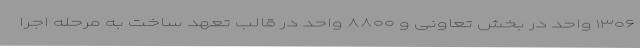
۱۳۰۶ واحد در بخش تعاونی و ۸۸۰۰ واحد در قالب تعهد ساخت به مرحله اجرا